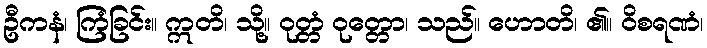
ဦကနံ၊ ကြံခြင်း။ ဣတိ၊ သို့။ ဝုတ္တံ ဝုတ္တော၊ သည်။ ဟောတိ၊ ၏။ ဝိစရဏံ၊